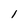
Character: 1